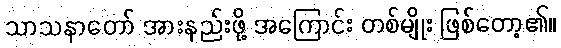
သာသနာတော် အားနည်းဖို့ အကြောင်း တစ်မျိုး ဖြစ်တော့၏။